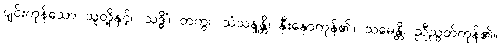
ပျင်းကုန်သော သူတို့နှင့်။ သဒ္ဓိံ၊ တကွ။ သံသန္ဒန္တိ၊ နှီးနှောကုန်၏။ သမေန္တိ၊ ညီညွတ်ကုန်၏။